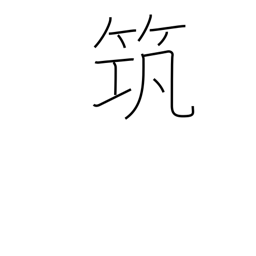
Meaning: an ancient musical instrument